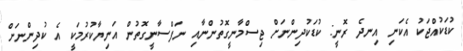
ކުޑަކުއްޖަކު އެކަނި އިނދެ ރޮނީ: ކުޑަކުދިންނަށް ޖިސްމާނީގޮތުންނާއި ނަފްސާނީގޮތުން އަނިޔާކުރުމަކީ އެ ކުދިންނަށް